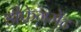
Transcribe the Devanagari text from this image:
डीफ्रेगमेंट